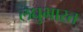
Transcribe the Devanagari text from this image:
लघुभारत